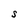
Character: S